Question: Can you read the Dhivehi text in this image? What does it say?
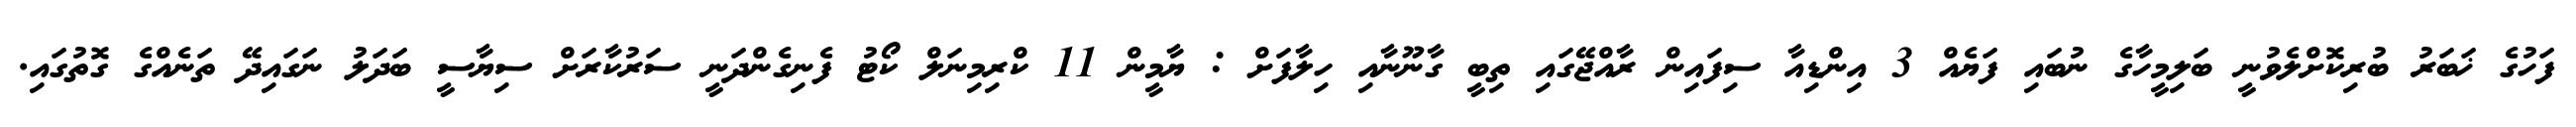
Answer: ފަހުގެ ޚަބަރު ބުރިކޮށްލެވުނީ ބަލިމީހާގެ ނުބައި ފަޔެއް 3 އިންޑިއާ ސިފައިން ރާއްޖޭގައި ތިބީ ގާނޫނާއި ހިލާފަށް : ޔާމީން 11 ކްރިމިނަލް ކޯޓު ފެނިގެންދަނީ ސަރުކާރަށް ސިޔާސީ ބަދަލު ނަގައިދޭ ތަނެއްގެ ގޮތުގައި.